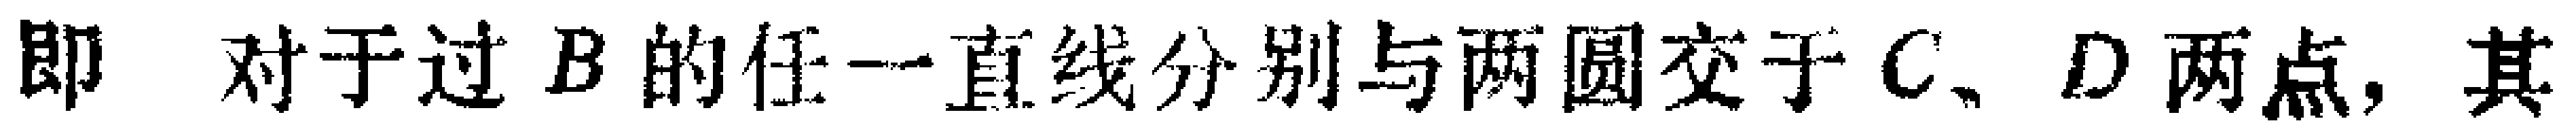
即 ，对于过 \(B\) 的任一直线分别与两圆交于 \(C、D\) 两点，其